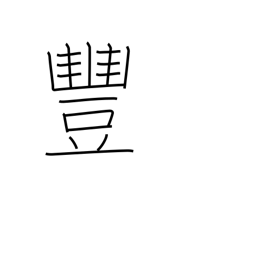
Meaning: bountiful